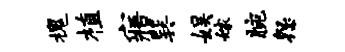
槐植寤巽娱嫁腕怨